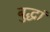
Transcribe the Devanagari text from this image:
बुद्धां